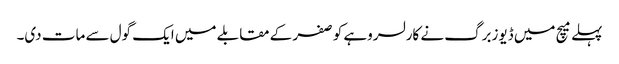
پہلے میچ میں ڈیوزبرگ نے کارلسروہے کو صفر کے مقابلے میں ایک گول سے مات دی۔